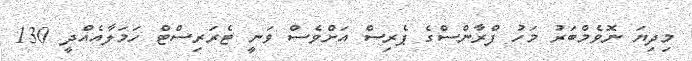
މިދިޔަ ނޮވެމްބަރު މަހު ފްރާންސްގެ ޕެރިސް އަށްވެސް ވަނީ ޓެރަރިސްޓް ހަމަލާއެއްދީ 130